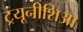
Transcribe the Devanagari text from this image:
ट्रयूनीशिआ